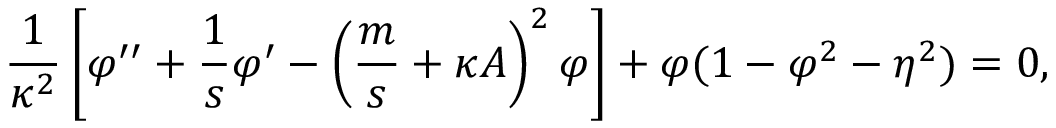
\frac { 1 } { \kappa ^ { 2 } } \left[ \varphi ^ { \prime \prime } + \frac { 1 } { s } \varphi ^ { \prime } - \left( \frac { m } { s } + \kappa A \right) ^ { 2 } \varphi \right] + \varphi ( 1 - \varphi ^ { 2 } - \eta ^ { 2 } ) = 0 ,